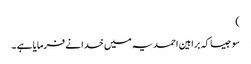
)
سو جیسا کہ براہین احمدیہ میں خدا نے فرمایا ہے ۔